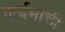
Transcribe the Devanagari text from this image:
कर्दमाची